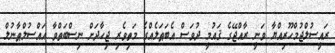
ރައީސުލްޖުމްހޫރިއްޔާ ވަނީ ރާއްޖޭގެ ޤައުމީ ދުވަސް އެބަޠަލެއްގެ މަތިވެރި ޖިހާދަށް ނިސްބަތްވާ އައްސުލްޠާނުލް